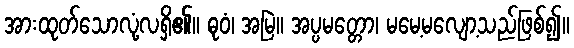
အားထုတ်သောလုံ့လရှိ၏။ ဓုဝံ၊ အမြဲ။ အပ္ပမတ္တော၊ မမေ့မလျော့သည်ဖြစ်၍။